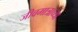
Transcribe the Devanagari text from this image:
जीवमात्राच्या